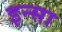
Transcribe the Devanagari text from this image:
इन्सा